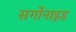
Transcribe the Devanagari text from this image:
सर्गोनाइड